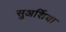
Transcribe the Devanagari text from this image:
सुअर्शिया